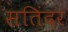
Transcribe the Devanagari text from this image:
सतिंदर